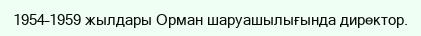
1954–1959 жылдары Орман шаруашылығында директор.